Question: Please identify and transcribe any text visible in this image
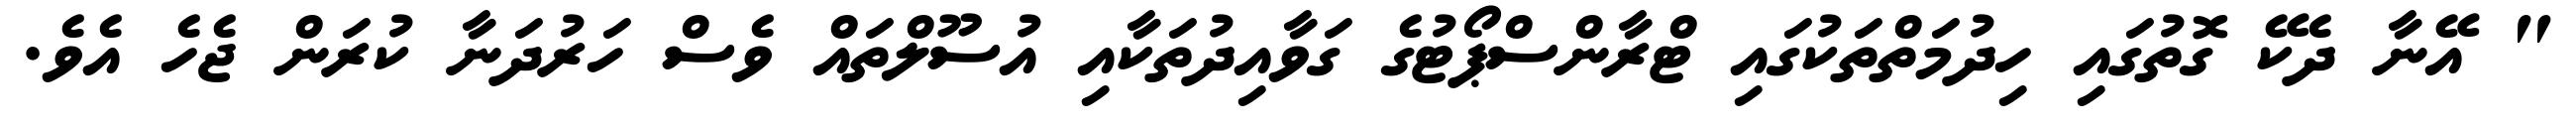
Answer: " އޭނާ ދެކޭ ގޮތުގައި ހިދުމަތްތަކުގައި ޓްރާންސްޕޯޓުގެ ގަވާއިދުތަކާއި އުސޫލްތައް ވެސް ހަރުދަނާ ކުރަން ޖެހެ އެވެ.